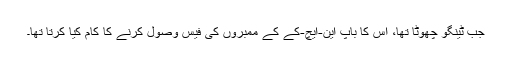
جب ٹینگو چھوٹا تھا، اس کا باپ این-ایچ-کے کے ممبروں کی فیس وصول کرنے کا کام کیا کرتا تھا۔